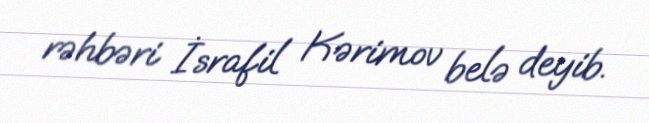
rəhbəri İsrafil Kərimov belə deyib.